Lunatic asylums Central Provinces reports 1874-1885 - 1874-1885
Year: 1874
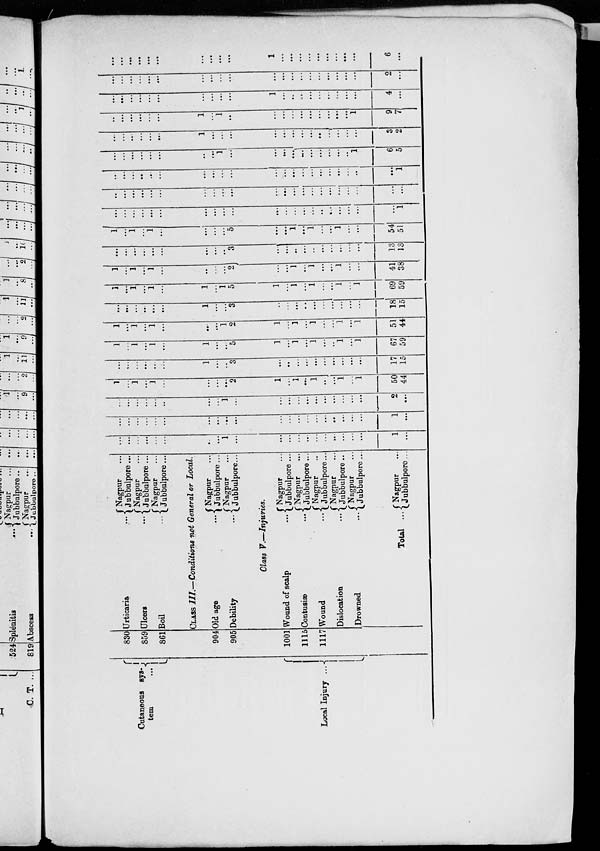
Cutaneous sys¬
tem
...
Local Injury ...
830
859
861
904
905
1001
1115
1117
Urticaria ...
Ulcers
...
Boil
...
Nagpur ...
Jubbulpore ...
Nagpur ...
Jubbulpore ...
Nagpur ...
Jubbulpore ...
CLASS III.—Conditions not General or Local.
Old age
...
Debility
...
Class V.—Injuries.
Wound of scalp
...
Contusiæ
...
Wound
...
Dislocation
...
Drowned
...
Total ...
Nagpur ...
Jubbulpore ...
Nagpur ...
Jubbulpore ...
Nagpur ...
Jubbulpore ...
Nagpur ...
Jubbulpore ...
Nagpur ...
Jubbulpore ...
Nagpur ...
Jubbulpore ...
Nagpur ...
Jubbulpore ...
Nagpur ...
Jubbulpore ...
...
...
...
...
...
...
...
...
1
...
...
...
...
...
...
...
...
...
...
...
1
...
...
...
...
...
...
...
...
...
...
...
...
...
...
...
...
...
...
...
...
...
1
...
...
...
...
...
...
...
...
...
1
...
...
...
...
...
...
...
...
...
...
...
2
...
1
...
1
...
1
...
...
...
...
2
1
...
1
...
1
...
...
1
...
1
50
44
...
...
...
...
...
...
1
...
...
3
...
...
...
...
...
...
...
...
...
...
17
15
1
...
1
...
1
...
1
...
...
5
1
...
1
...
1
...
...
1
...
1
67
59
1
...
1
...
1
...
...
...
1
2
1
...
1
...
1
...
...
1
...
1
51
44
...
...
...
...
...
...
1
...
...
3
...
...
...
...
...
...
...
...
...
...
18
15
1
...
1
...
1
...
1
...
1
5
1
...
1
...
1
...
...
1
...
1
69
59
1
...
1
...
1
...
...
...
...
2
...
...
1
...
1
...
...
1
...
...
41
38
...
...
...
...
...
...
...
...
...
3
...
...
...
...
...
...
...
...
...
...
13
13
1
...
1
...
1
...
...
...
...
5
...
...
1
...
1
...
...
1
...
...
54
51
...
...
...
...
...
...
...
...
...
...
...
...
...
...
...
...
...
...
...
...
...
1
...
...
...
...
...
...
...
...
...
...
...
...
...
...
...
...
...
...
...
...
...
...
...
...
...
...
...
...
...
...
...
...
...
...
...
...
...
...
...
...
...
...
...
1
...
...
...
...
...
...
...
...
1
...
...
...
...
...
...
...
...
...
...
1
6
5
...
...
...
...
...
...
1
...
...
...
...
...
...
...
...
...
...
...
...
...
3
2
...
...
...
...
...
...
1
...
1
...
...
...
...
...
...
...
...
...
...
1
9
7
...
...
...
...
...
...
...
...
...
...
1
...
...
...
...
...
...
...
...
...
4
...
...
...
...
...
...
...
...
...
...
...
...
...
...
...
...
...
...
...
...
...
2
...
...
...
...
...
...
...
...
...
...
...
1
...
...
...
...
...
...
...
...
...
6
...